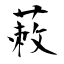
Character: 蓛